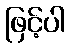
ဖြင့်ပါ